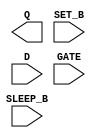
module sky130_fd_sc_lp__srdlstp (
    Q      ,
    SET_B  ,
    D      ,
    GATE   ,
    SLEEP_B
);

    output Q      ;
    input  SET_B  ;
    input  D      ;
    input  GATE   ;
    input  SLEEP_B;

    // Voltage supply signals
    supply1 KAPWR;
    supply1 VPWR ;
    supply0 VGND ;
    supply1 VPB  ;
    supply0 VNB  ;

endmodule